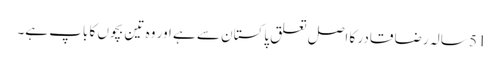
51 سالہ رضا قادر کا اصل تعلق پاکستان سے ہے اور وہ تین بچوں کا باپ ہے۔